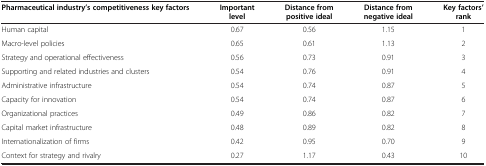
| Pharmaceutical industry’s competitiveness key factors | Important level | Distance from positive ideal | Distance from negative ideal | Key factors’ rank |
 | --- | --- | --- | --- | --- |
 | Human capital | 0.67 | 0.56 | 1.15 | 1 |
 | Macro-level policies | 0.65 | 0.61 | 1.13 | 2 |
 | Strategy and operational effectiveness | 0.56 | 0.73 | 0.91 | 3 |
 | Supporting and related industries and clusters | 0.54 | 0.76 | 0.91 | 4 |
 | Administrative infrastructure | 0.54 | 0.74 | 0.87 | 5 |
 | Capacity for innovation | 0.54 | 0.74 | 0.87 | 6 |
 | Organizational practices | 0.49 | 0.86 | 0.82 | 7 |
 | Capital market infrastructure | 0.48 | 0.89 | 0.82 | 8 |
 | Internationalization of firms | 0.42 | 0.95 | 0.70 | 9 |
 | Context for strategy and rivalry | 0.27 | 1.17 | 0.43 | 10 |